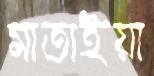
মাতাইয়া